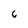
Character: 6